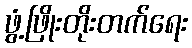
ဖွံ့ဖြိုးတိုးတက်ရေး